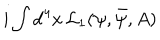
i \int \mathrm { d } ^ { 4 } x \, { \cal L } _ { 1 } ( \psi , \bar { \psi } , A )